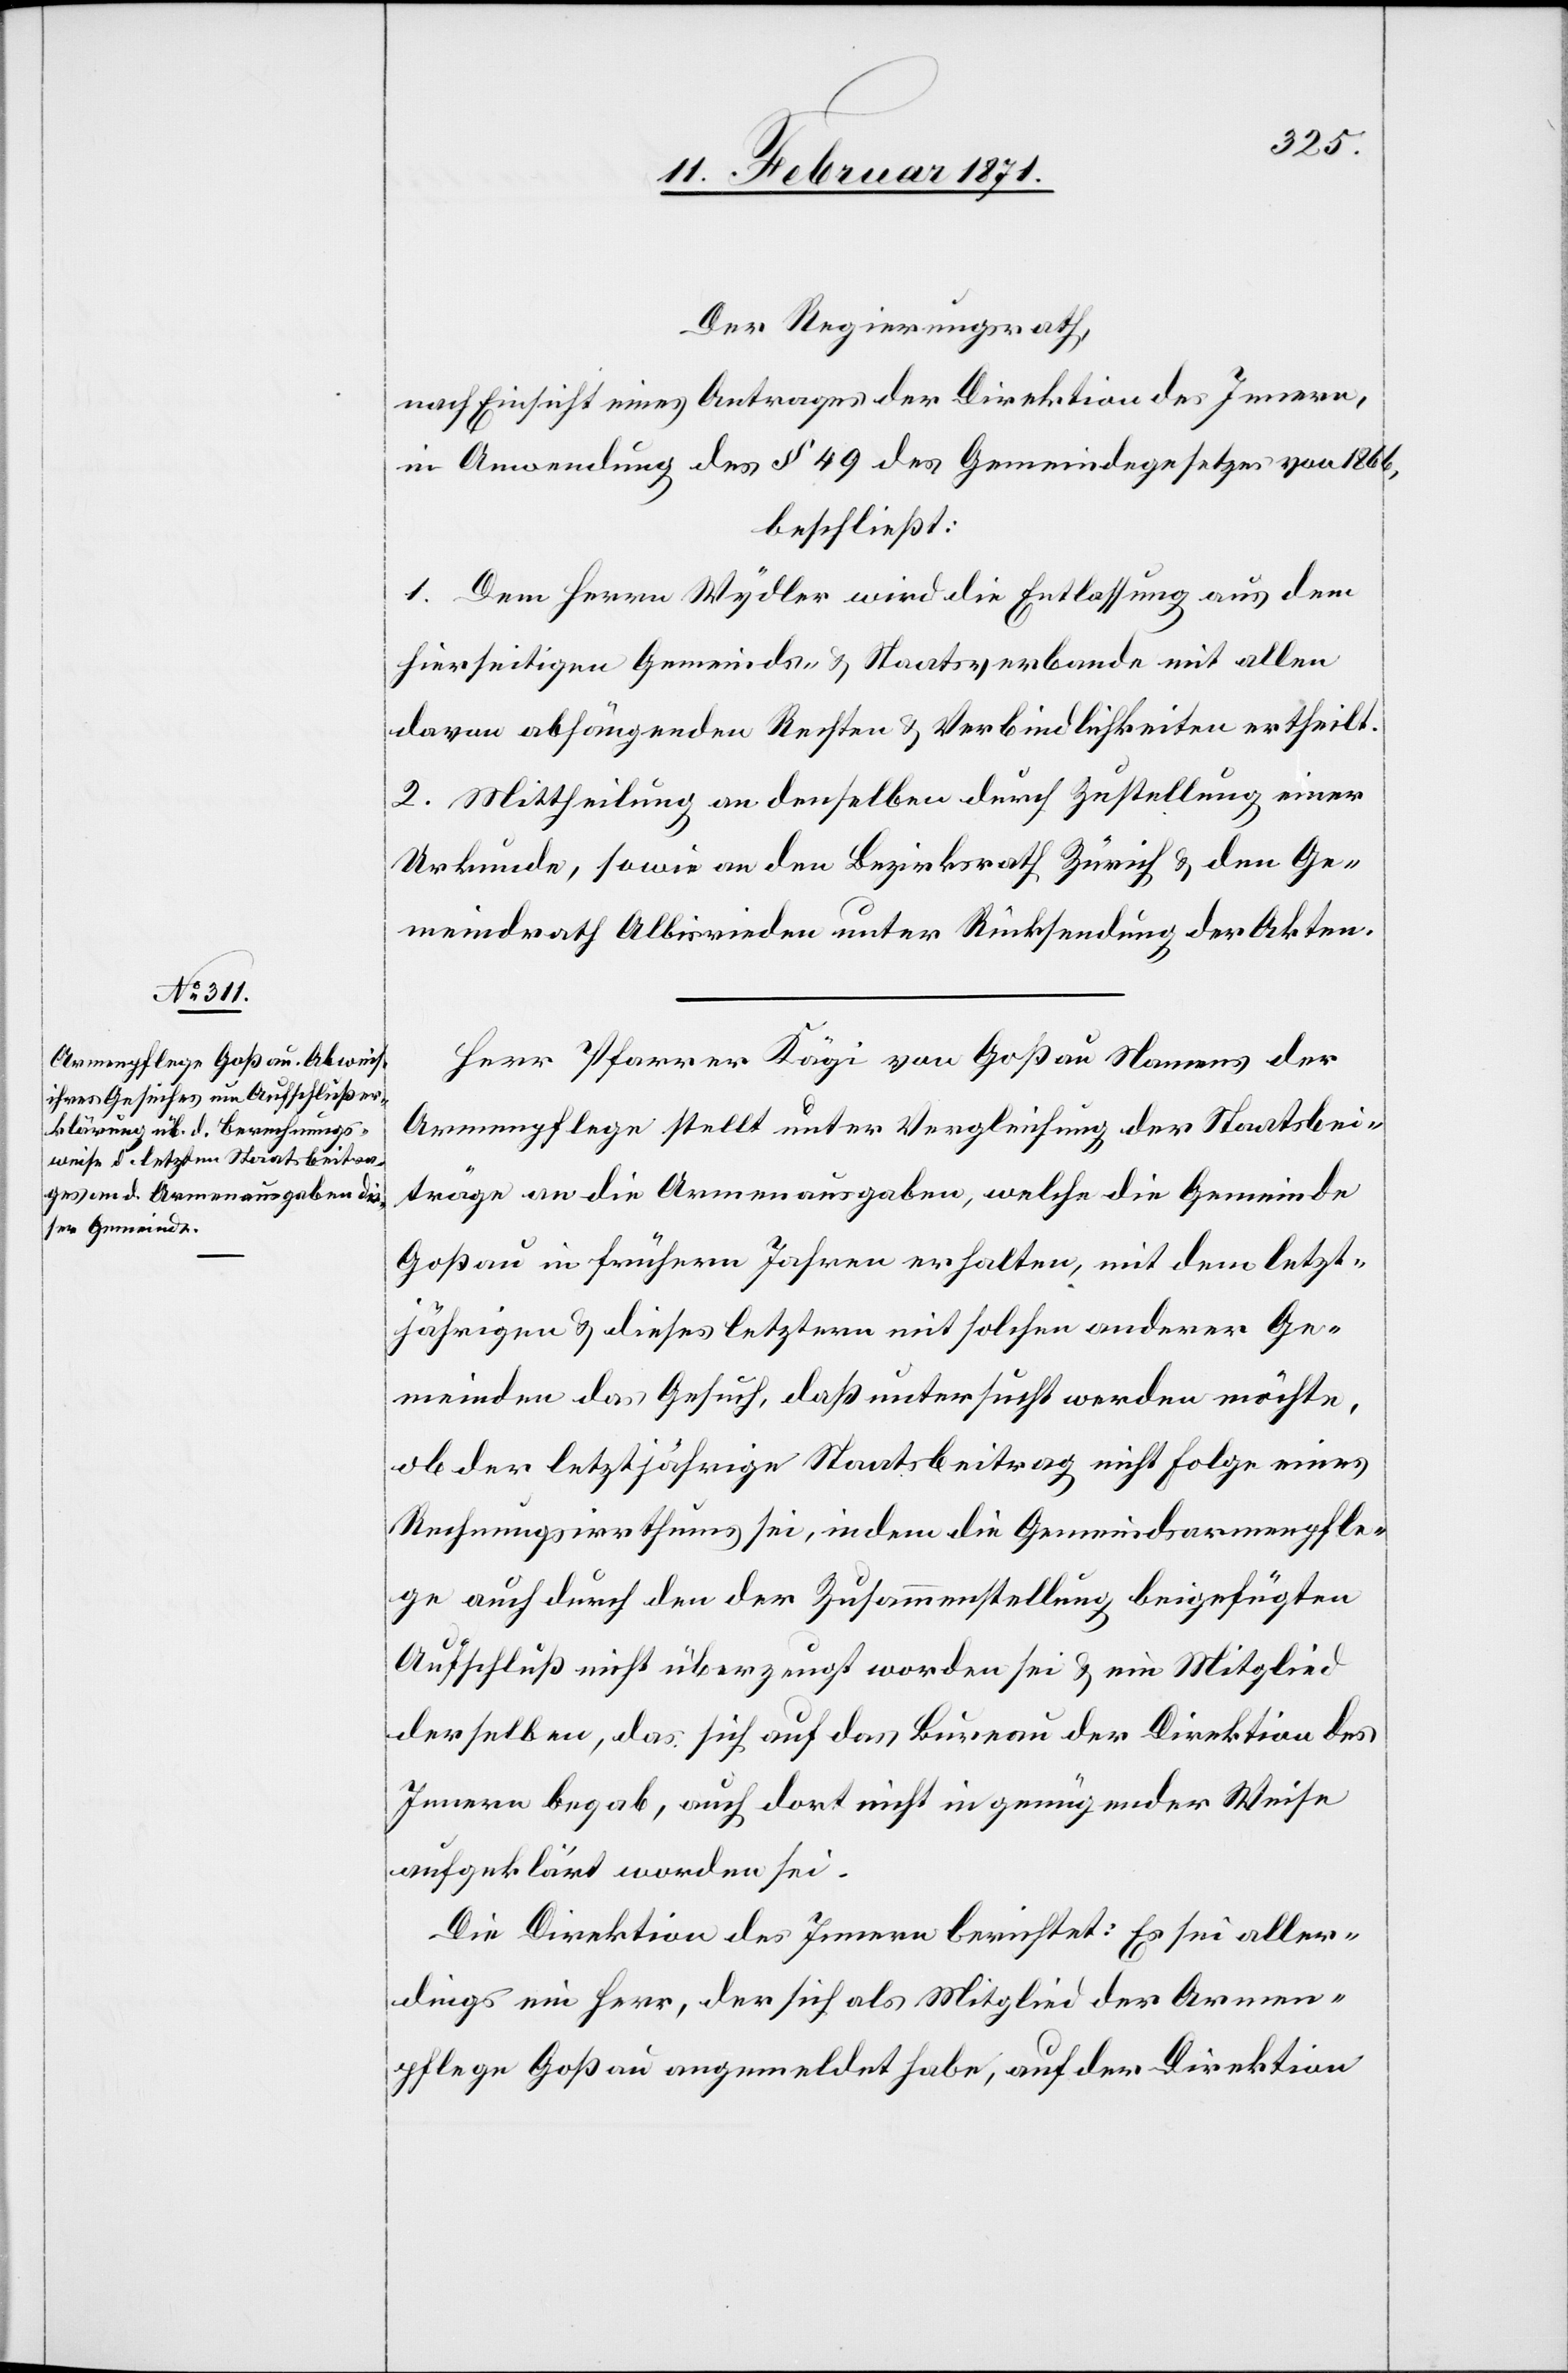
Der Regierungsrath,
nach Einsicht eines Antrages der Direktion des Innern,
in Anwendung des § 49 des Gemeindegesetzes von 1866,
beschließt:
1. Dem Herrn Wydler wird die Entlassung aus dem
hierseitigen Gemeinds- u. Staatsverbande mit allen
davon abhängenden Rechten u. Verbindlichkeiten ertheilt.
2. Mittheilung an denselben durch Zustellung einer
Urkunde, sowie an den Bezirksrath Zürich u. den Ge¬
meindrath Albisrieden unter Rücksendung der Akten.
Herr Pfarrer Kägi von Goßau Namens der
Armenpflege stellt unter Vergleichung der Staatsbei¬
träge an die Armenausgaben, welche die Gemeinde
Goßau in frühern Jahren erhalten, mit dem letzt¬
jährigen u. dieses letztern mit solchen anderer Ge¬
meinden das Gesuch, daß untersucht werden möchte,
ob der letztjährige Staatsbeitrag nicht Folge eines
Rechnungsirrthums sei, indem die Gemeindsarmenpfle¬
ge auch durch den der Zusammenstellung beigefügten
Aufschluß nicht überzeugt worden sei u. ein Mitglied
derselben, das sich auf das Bureau der Direktion des
Innern begab, auch dort nicht in genügender Weise
aufgeklärt worden sei.
Die Direktion des Innern berichtet: Es sei aller¬
dings ein Herr, der sich als Mitglied der Armen¬
pflege Goßau angemeldet habe, auf der Direktion